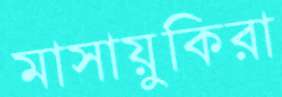
মাসায়ুকিরা